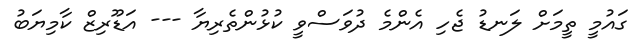
ގައުމީ ތީމަށް ލަނޑު ޖެހި އެންމެ ދުވަސްވީ ކުޅުންތެރިޔާ --- އަޑޫރިޒް ކާމިޔަބު